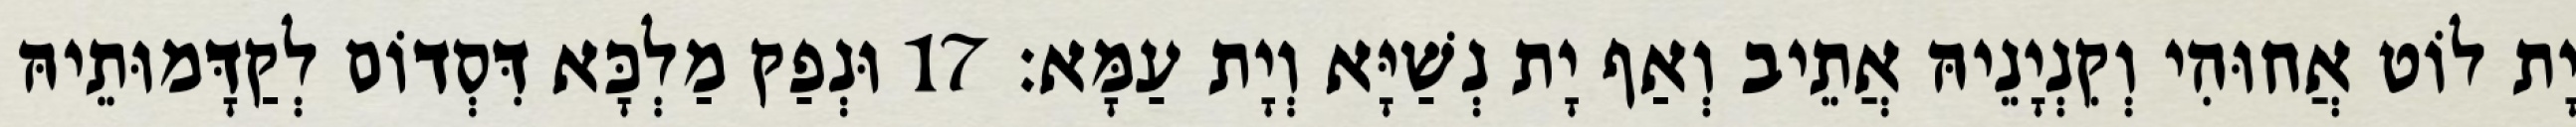
יָת לוֹט אֲחוּהִי וְקִנְיָנֵיהּ אֲתֵיב וְאַף יָת נְשַׁיָּא וְיָת עַמָּא׃ 17 וּנְפַק מַלְכָּא דִּסְדוֹם לְקַדָּמוּתֵיהּ